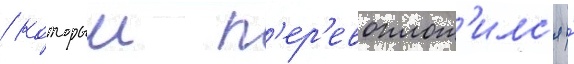
/ которыи п'ер'евоплот'илс'я и́